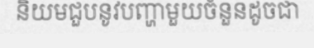
និយមជួបនូវបញ្ហាមួយចំនួនដូចជា